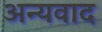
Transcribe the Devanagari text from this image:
अन्यवाद